NAE_ERA_R-2632_ENSV_TA_Emakeele_Selts_1945-1955, lk 119
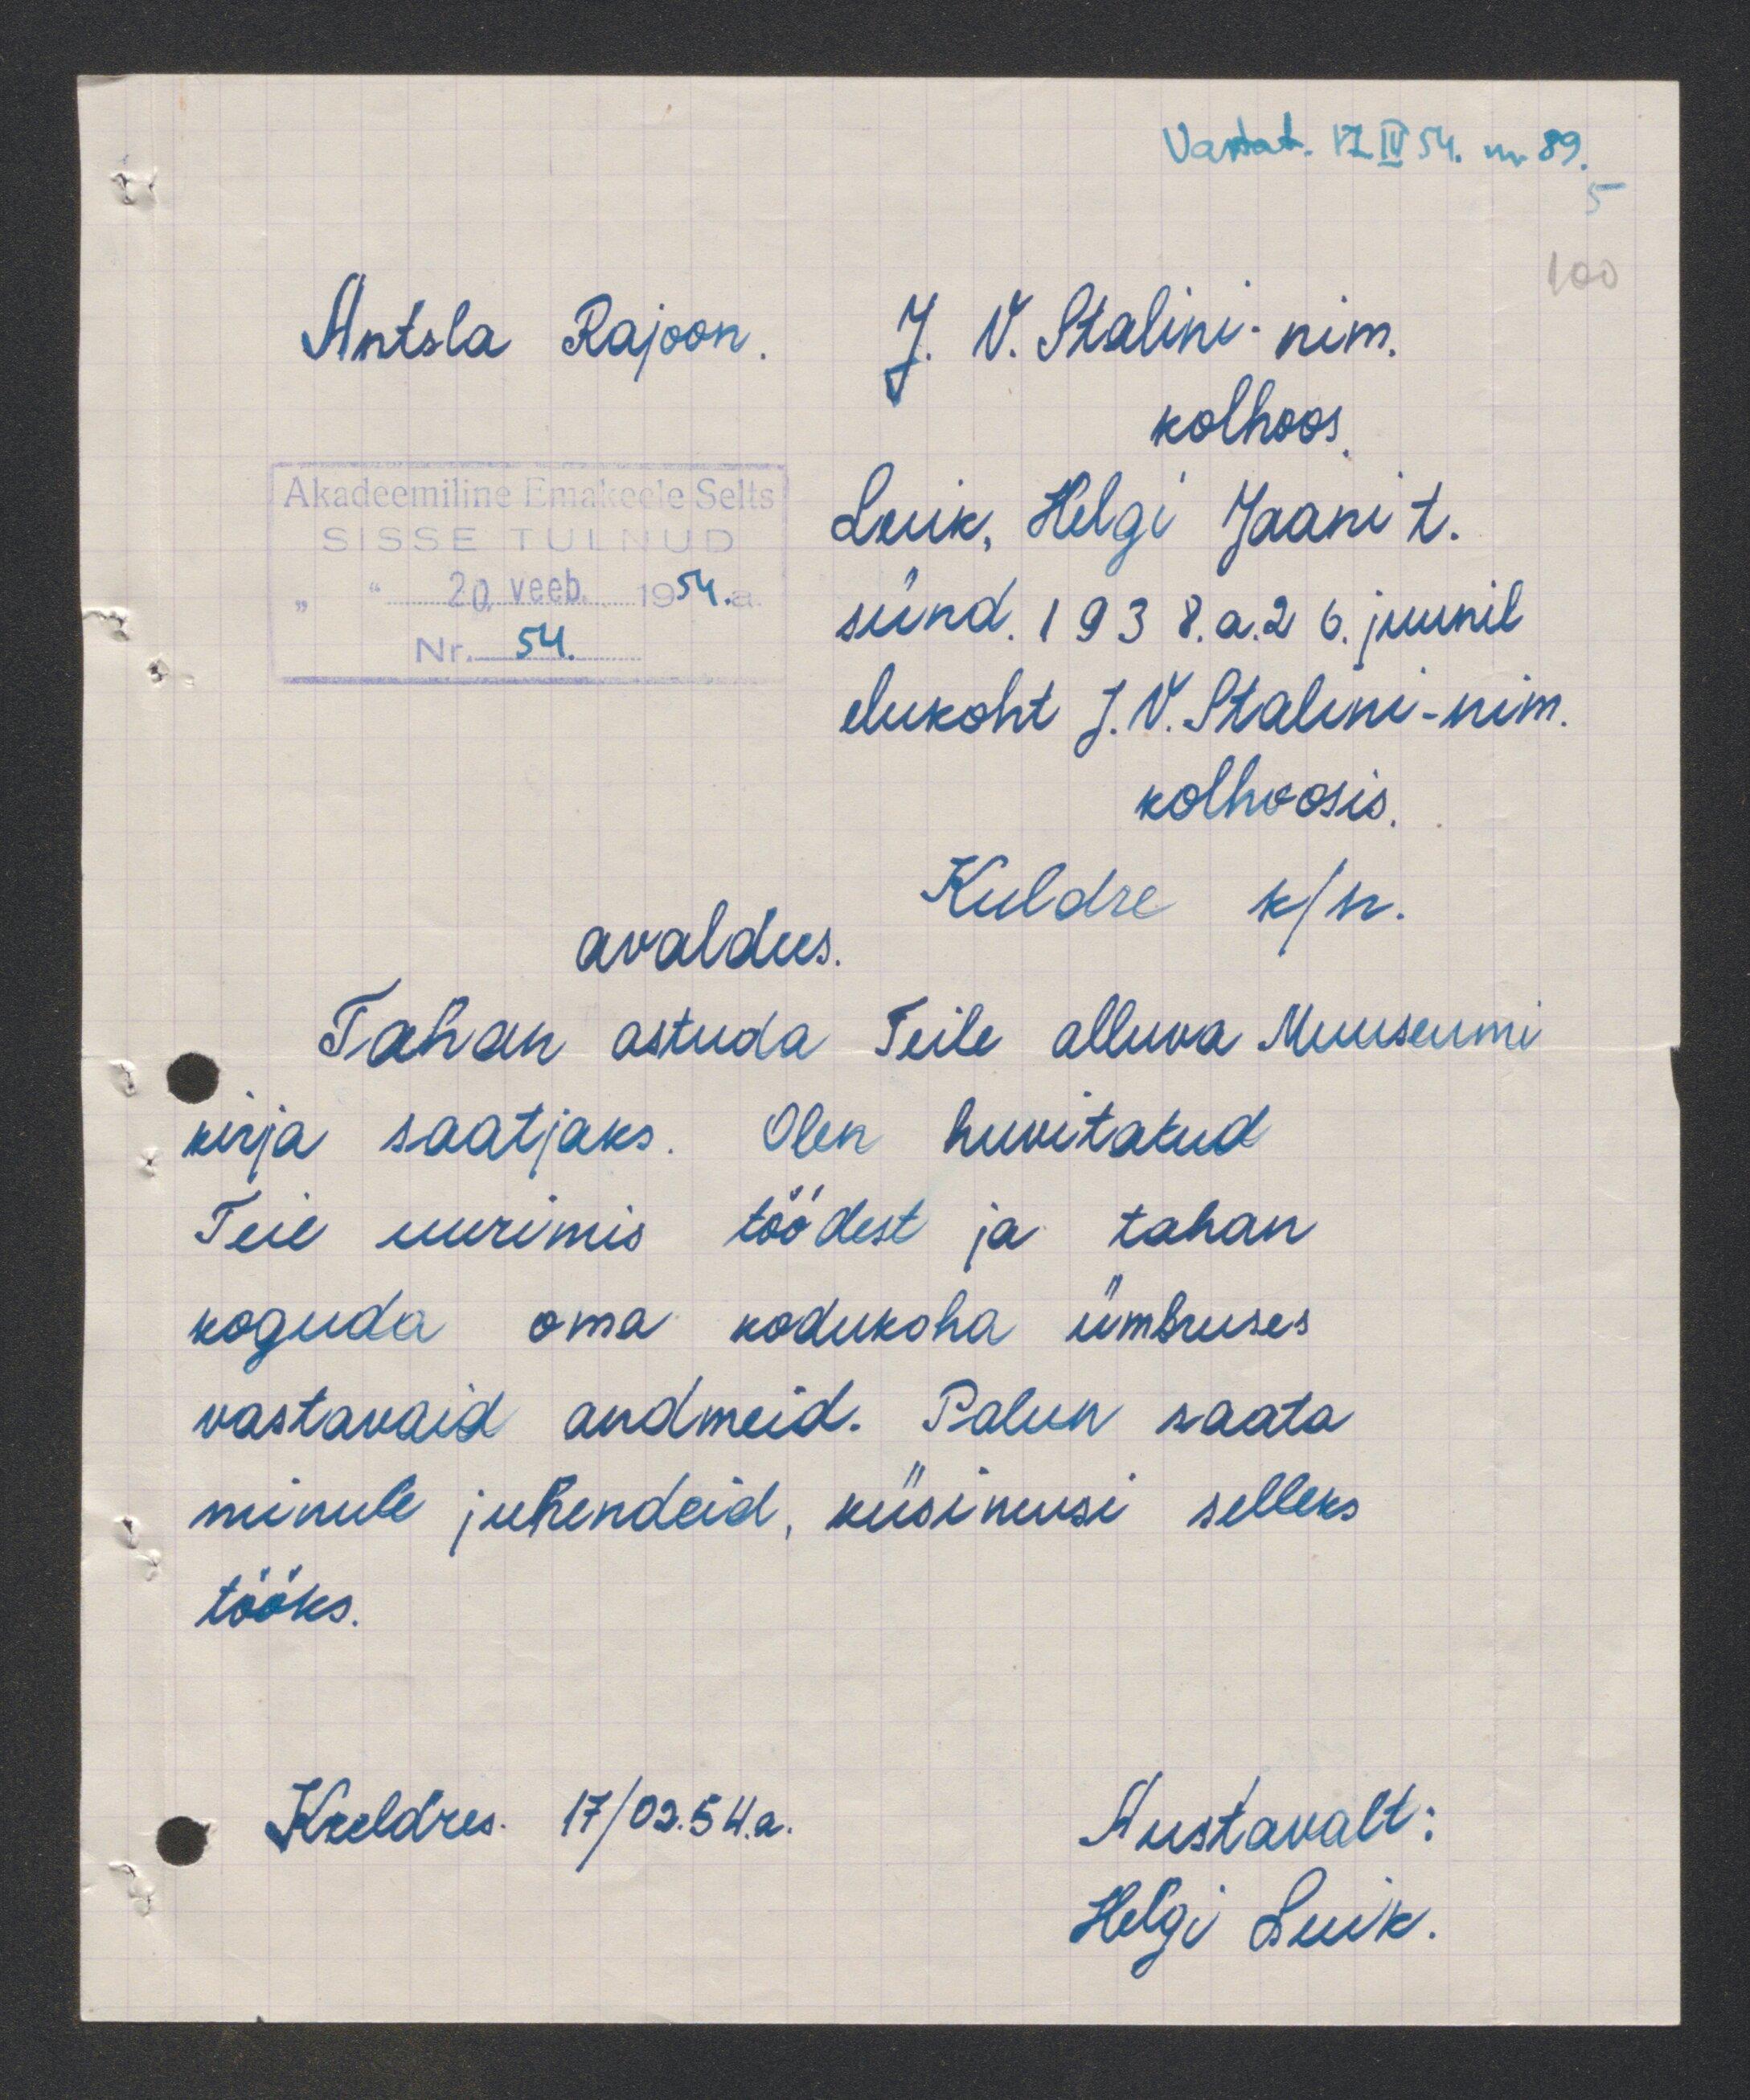
Vastat. 17 IV 54. nr 89
J. V. Stalini nim.
Antsla Rajoon
kolhoos
Luik, Helgi Jaani t.
sünd 1938.a. 26. juunil
elukoht J.V. Stalini-nim.
kolhoosis.
Kuldre k/n.
avaldus
Tahan astuda Teile alluva Muuseumi
kirja saatjaks. Olen huvitatud
Teie uurimis töödest ja tahan
koguda oma kodukoha ümbruses
vastavaid andmeid. Palun saata
minule juhendeid, küsimusi selleks
tööks.
Kuldres 17/03.54.a
Austabalt:
Helgi Luik.